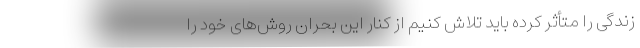
زندگی را متأثر کرده باید تلاش کنیم از کنار این بحران روش‌های خود را